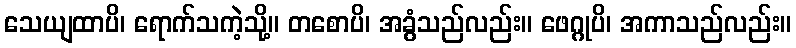
သေယျထာပိ၊ ရောက်သကဲ့သို့။ တစောပိ၊ အခွံသည်လည်း။ ဖေဂ္ဂုပိ၊ အကာသည်လည်း။